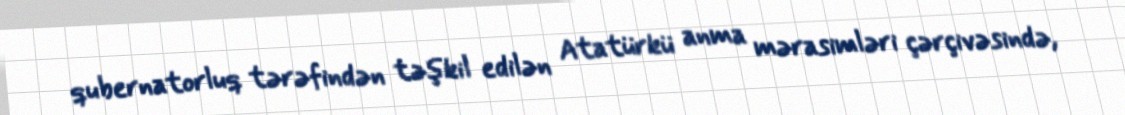
qubernatorluq tərəfindən təşkil edilən Atatürkü anma mərasimləri çərçivəsində,